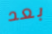
بعد